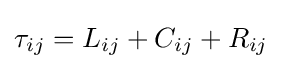
\tau _{ij}=L_{ij}+C_{ij}+R_{ij}